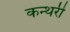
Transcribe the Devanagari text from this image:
कन्थरी